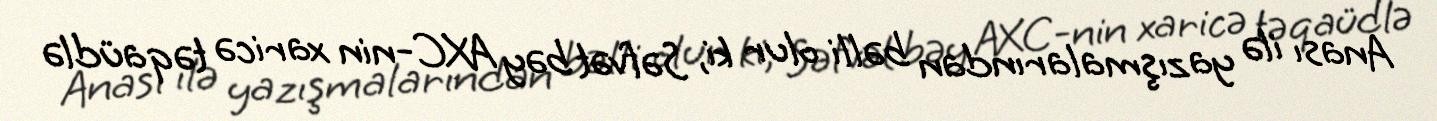
Anası ilə yazışmalarından bəlli olur ki, Səfvət bəy AXC-nin xaricə təqaüdlə